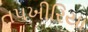
તપખીરિયા